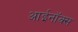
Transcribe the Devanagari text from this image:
आईनॉक्स